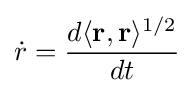
{\dot {r}}={\frac {d\langle \mathbf {r} ,\mathbf {r} \rangle ^{1/2}}{dt}}